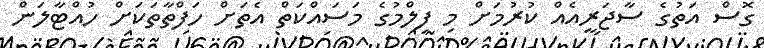
ގޮސް އަތުގެ ސާޖަރީއެއް ކުރުމަށް މި ފިލްމުގެ މަސައްކަތް އެތަށް ހަފްތާތަކަށް ހުއްޓާލަން